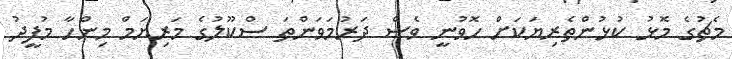
މެޗުގެ މޮޅު ކުޅުންތެރިޔަކަށް ހޮވުނީ ވެސް ދަރުމަވަންތަ ސްކޫލުގެ މަރިޔަމް މިންހާ މުފީދު